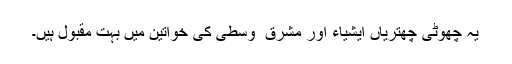
یہ چھوٹی چھتریاں ایشیاء اور مشرق ِ وسطیٰ کی خواتین میں بہت مقبول ہیں۔